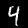
Digit: 4